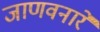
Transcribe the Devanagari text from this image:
जाणवनारे